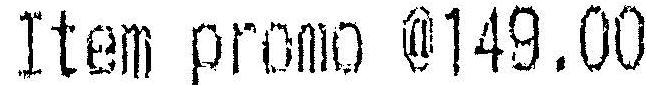
ITEM PROMO @149.00